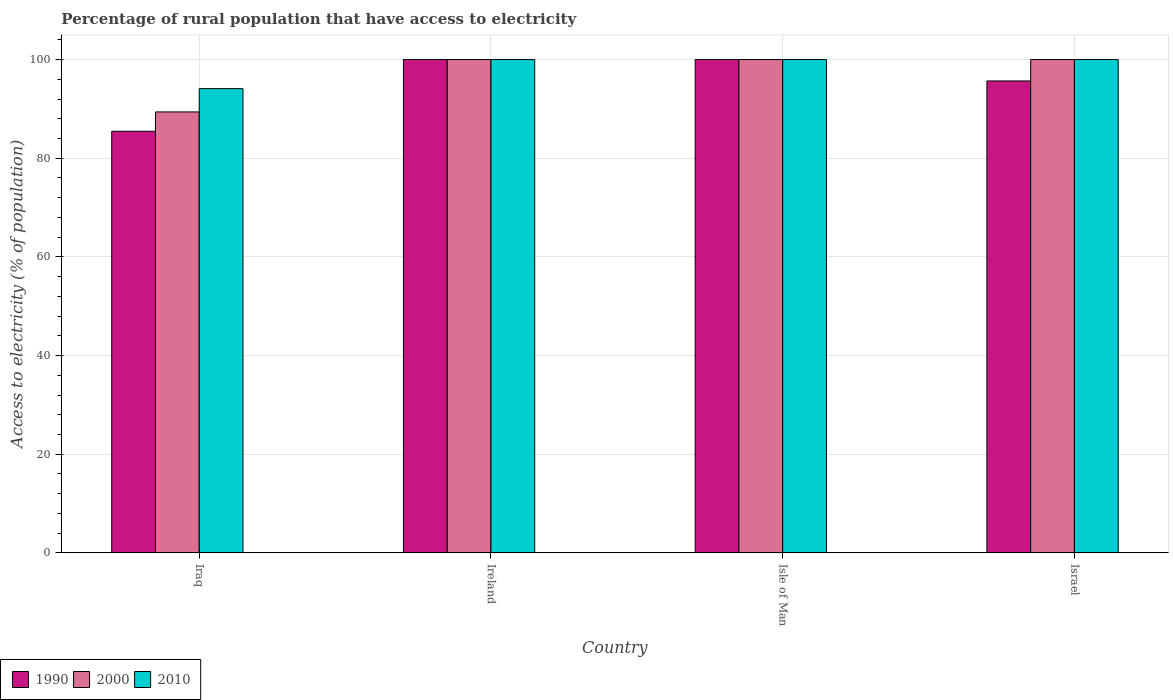
| Country | 1990 | 2000 | 2010 |
 | --- | --- | --- | --- |
 | Iraq | 85.5 | 89.4 | 94.1 |
 | Ireland | 100 | 100 | 100 |
 | Isle of Man | 100 | 100 | 100 |
 | Israel | 95.7 | 100 | 100 |